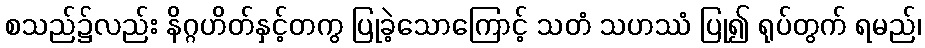
စသည်၌လည်း နိဂ္ဂဟိတ်နှင့်တကွ ပြုခဲ့သောကြောင့် သတံ သဟဿံ ပြု၍ ရုပ်တွက် ရမည်၊